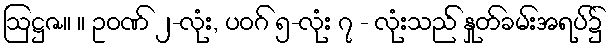
ဩဋ္ဌဇ။ ။ ဥဝဏ် ၂-လုံး, ပဝဂ် ၅-လုံး ၇ - လုံးသည် နှုတ်ခမ်းအရပ်၌